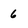
Character: 6